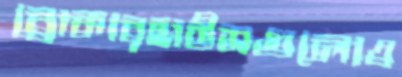
ব্রোকারহাউসগুলোও